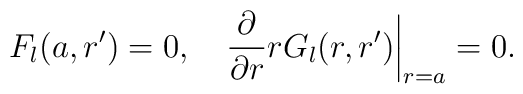
F_l(a,r')=0,\quad {\partial\over\partial r}rG_l(r,r')\bigg|_{r=a}=0.